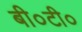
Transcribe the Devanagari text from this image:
बी०टी०